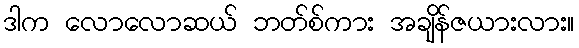
ဒါက လောလောဆယ် ဘတ်စ်ကား အချိန်ဇယားလား။